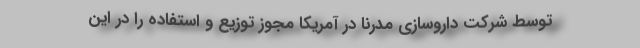
توسط شرکت داروسازی مدرنا در آمریکا مجوز توزیع و استفاده را در این